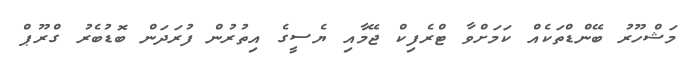
މަޝްހޫރު ބޭންޑްތަކެއް ކަމަށްވާ ޓްރެފިކް ޖޭމާއި ޔެސީގެ އިތުރުން ފުރަދަން ބޮޑުބެރު ގްރޫޕް